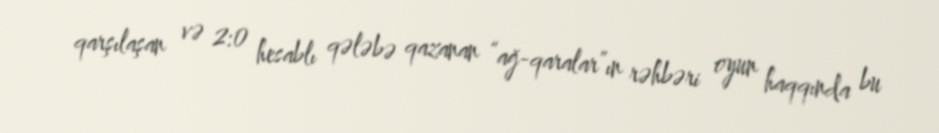
qarşılaşan və 2:0 hesablı qələbə qazanan “ağ-qaralar”ın rəhbəri oyun haqqında bu